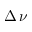
\Delta \, \nu